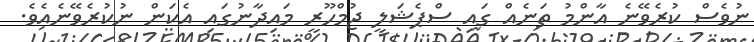
ނުވެސް ކުރެވޭނެ އާންމު ތަނެއް ގައި ސްޕެޝަލީ ޖުމްހޫރީ މައިދާނުގައި އެކަން ނުކުރެވޭނެއެވެ.